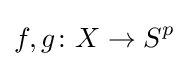
f,g\colon X\to S^{p}